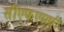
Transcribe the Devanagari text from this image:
सीएफएमपी